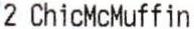
2 CHICMCMUFFIN